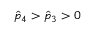
\hat { p } _ { 4 } > \hat { p } _ { 3 } > 0